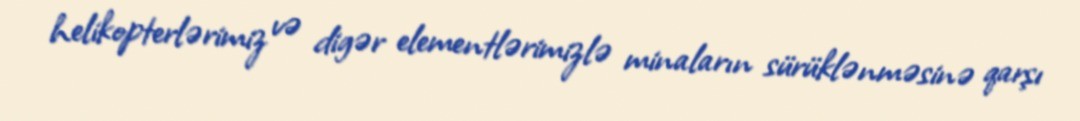
helikopterlərimiz və digər elementlərimizlə minaların sürüklənməsinə qarşı